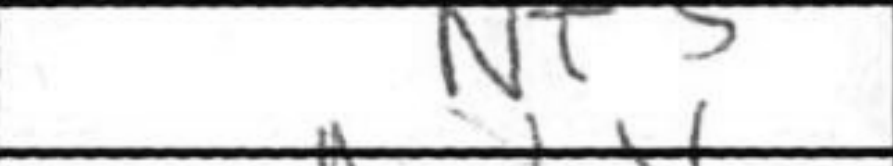
Transcription: Nf5